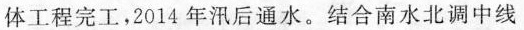
体工程完工，2014年汛后通水。结合南水北调中线